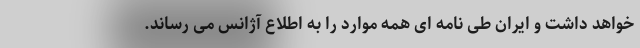
خواهد داشت و ایران طی نامه ای همه موارد را به اطلاع آژانس می رساند.